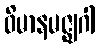
ဝိမာနမဇ္ဈဂါ